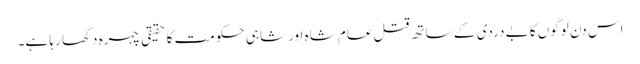
اس دن لوگوں کا بے دردی کے ساتھ قتل عام شاہ اور شاہی حکومت کا حقیقی چہرہ دکھا رہا ہے۔